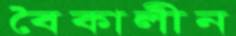
বৈকালীন